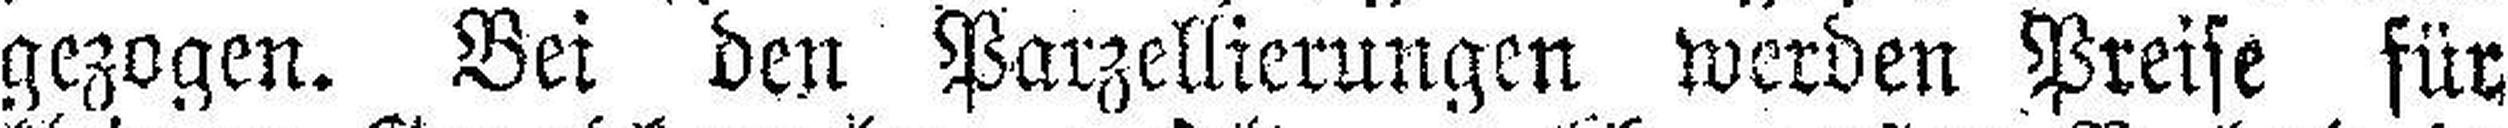
gezogen. Bei den Parzellierungen werden Preise für